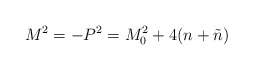
\begin{align*}M^{2}=-P^{2}=M_{0}^{2} + 4(n+\tilde{n})\end{align*}